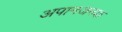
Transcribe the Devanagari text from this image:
अपानजनक